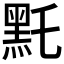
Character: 𪐞